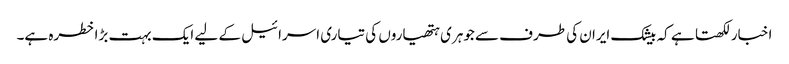
اخبار لکھتا ہے کہ بیشک ایران کی طرف سے جوہری ہتھیاروں کی تیاری اسرائیل کے لیے ایک بہت بڑا خطرہ ہے۔